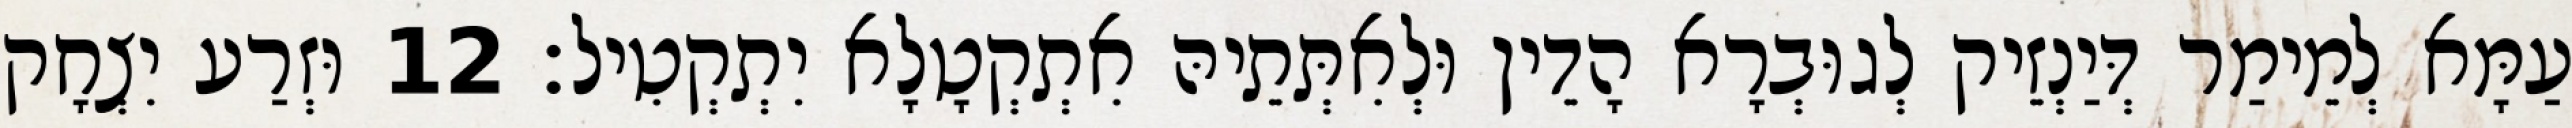
עַמָּא לְמֵימַר דְּיַנְזֵיק לְגוּבְרָא הָדֵין וּלְאִתְּתֵיהּ אִתְקְטָלָא יִתְקְטִיל׃ 12 וּזְרַע יִצְחָק